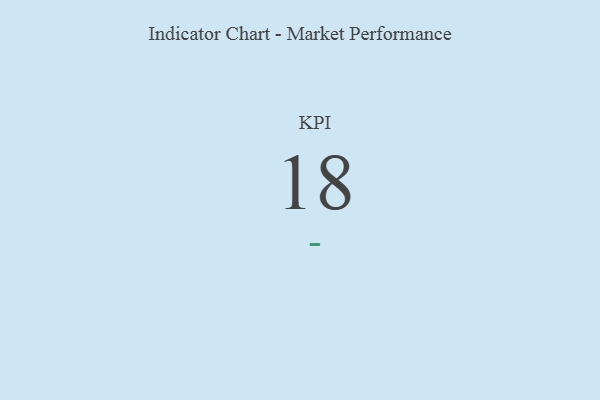
{"axis": {"x": "KPI", "y": "Value"}, "legend": [""], "data": [{"x": "KPI", "y": 18, "type": ""}]}